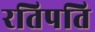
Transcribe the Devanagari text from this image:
रतिपति